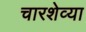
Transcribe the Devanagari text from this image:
चारशेव्या